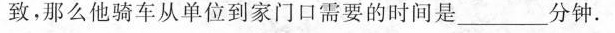
致，那么他骑车从单位到家门口需要的时间是__分钟。